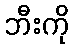
ဘီးကို